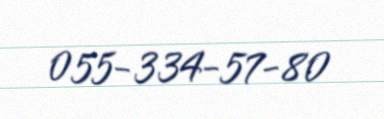
055-334-57-80